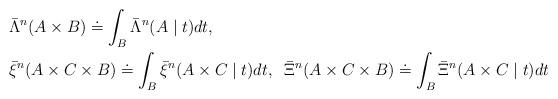
LaTeX: \begin{align*}\begin{aligned}&\bar\Lambda^n(A\times B) \doteq \int_B \bar\Lambda^n(A\mid t) dt, \\&\bar \xi^n(A\times C \times B) \doteq \int_B \bar \xi^n(A \times C \mid t) dt, \;\;\bar \Xi^n(A\times C \times B) \doteq \int_B \bar \Xi^n(A \times C \mid t) dt\end{aligned}\end{align*}